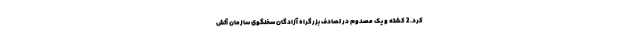
کرد. 2 کشته و یک مصدوم در تصادف بزرگراه آزادگان سخنگوی سازمان آتش